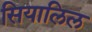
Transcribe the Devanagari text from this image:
सियालिल